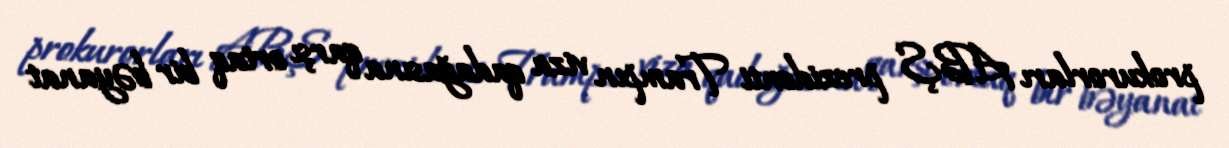
prokurorları ABŞ prezidenti Trampın viza qadağasına qarşı ortaq bir bəyanat